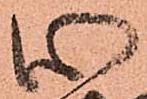
心